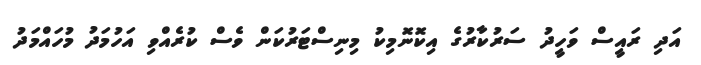
އަދި ރައީސް ވަހީދު ސަރުކާރުގެ އިކޮނޮމިކު މިނިސްޓަރުކަން ވެސް ކުރެއްވި އަހުމަދު މުހައްމަދު